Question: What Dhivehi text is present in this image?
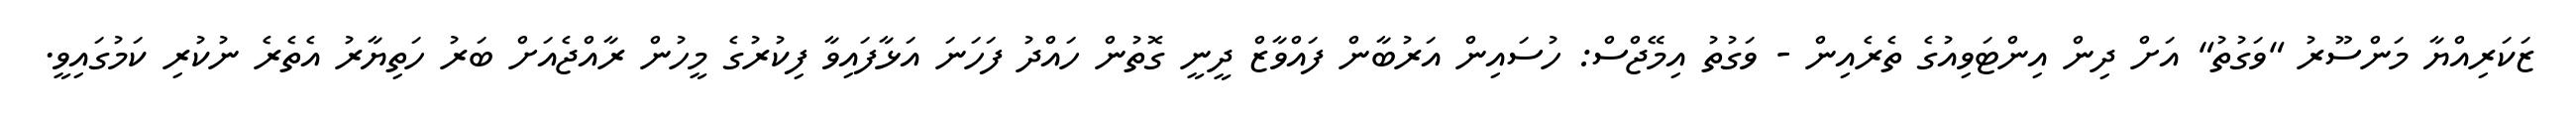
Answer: ޒަކަރިއްޔާ މަންސޫރު "ވަގުތު" އަށް ދިން އިންޓަވިއުގެ ތެރެއިން - ވަގުތު އިމޭޖްސް: ހުސައިން އަރުބާން ފައްވާޒް ދީނީ ގޮތުން ހައްދު ފަހަނަ އަޅާފައިވާ ފިކުރުގެ މީހުން ރާއްޖެއަށް ބަރު ހަތިޔާރު އެތެރެ ނުކުރި ކަމުގައިވީ.